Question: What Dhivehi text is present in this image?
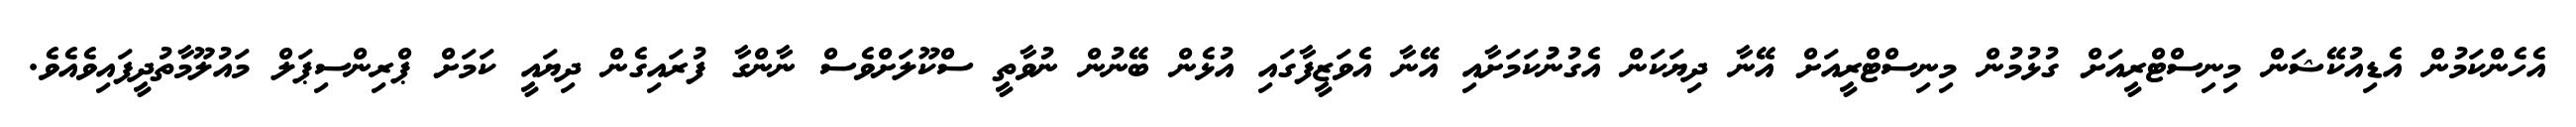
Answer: އެހެންކަމުން އެޑިއުކޭޝަން މިނިސްޓްރީއަށް ގުޅުމުން މިނިސްޓްރީއަށް އޭނާ ދިޔަކަން އެގުނުުކަމަށާއި އޭނާ އެވަޒީފާގައި އުޅެން ބޭނުން ނުވާތީ ސްކޫލަށްވެސް ނާންގާ ފުރައިގެން ދިޔައީ ކަމަށް ޕްރިންސިޕަލް މައުލޫމާތުދީފައިވެއެވެ.